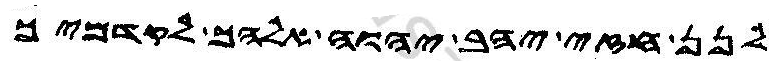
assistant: לנן חזי יהב יהוה אלהך לקדמיך